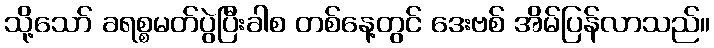
သို့သော် ခရစ္စမတ်ပွဲပြီးခါစ တစ်နေ့တွင် ဒေးဗစ် အိမ်ပြန်လာသည်။